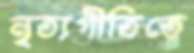
নৃত্যগীতিতে